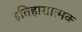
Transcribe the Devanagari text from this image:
इतिहासात्मक